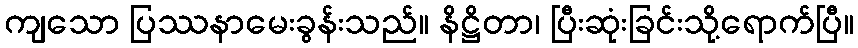
ကျသော ပြဿနာမေးခွန်းသည်။ နိဋ္ဌိတာ၊ ပြီးဆုံးခြင်းသို့ရောက်ပြီ။